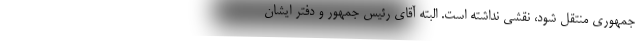
جمهوری منتقل شود، نقشی نداشته است. البته آقای رئیس جمهور و دفتر ایشان